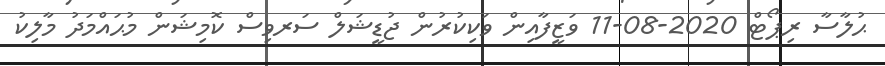
ޙުލާސާ ރިޕޯޓް 2020-08-11 ވަޒީފާއިން ވަކިކުރުން ޖުޑީޝަލް ސަރވިސް ކޮމިޝަން މުޙައްމަދު މާލިކު